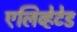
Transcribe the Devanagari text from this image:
एलिव्हेटेड